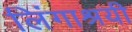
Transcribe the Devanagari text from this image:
लिंगाश्रयी